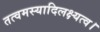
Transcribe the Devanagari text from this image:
तत्वमस्यादिलक्ष्यत्व।